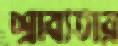
শ্রাব্যতার